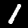
Digit: 1